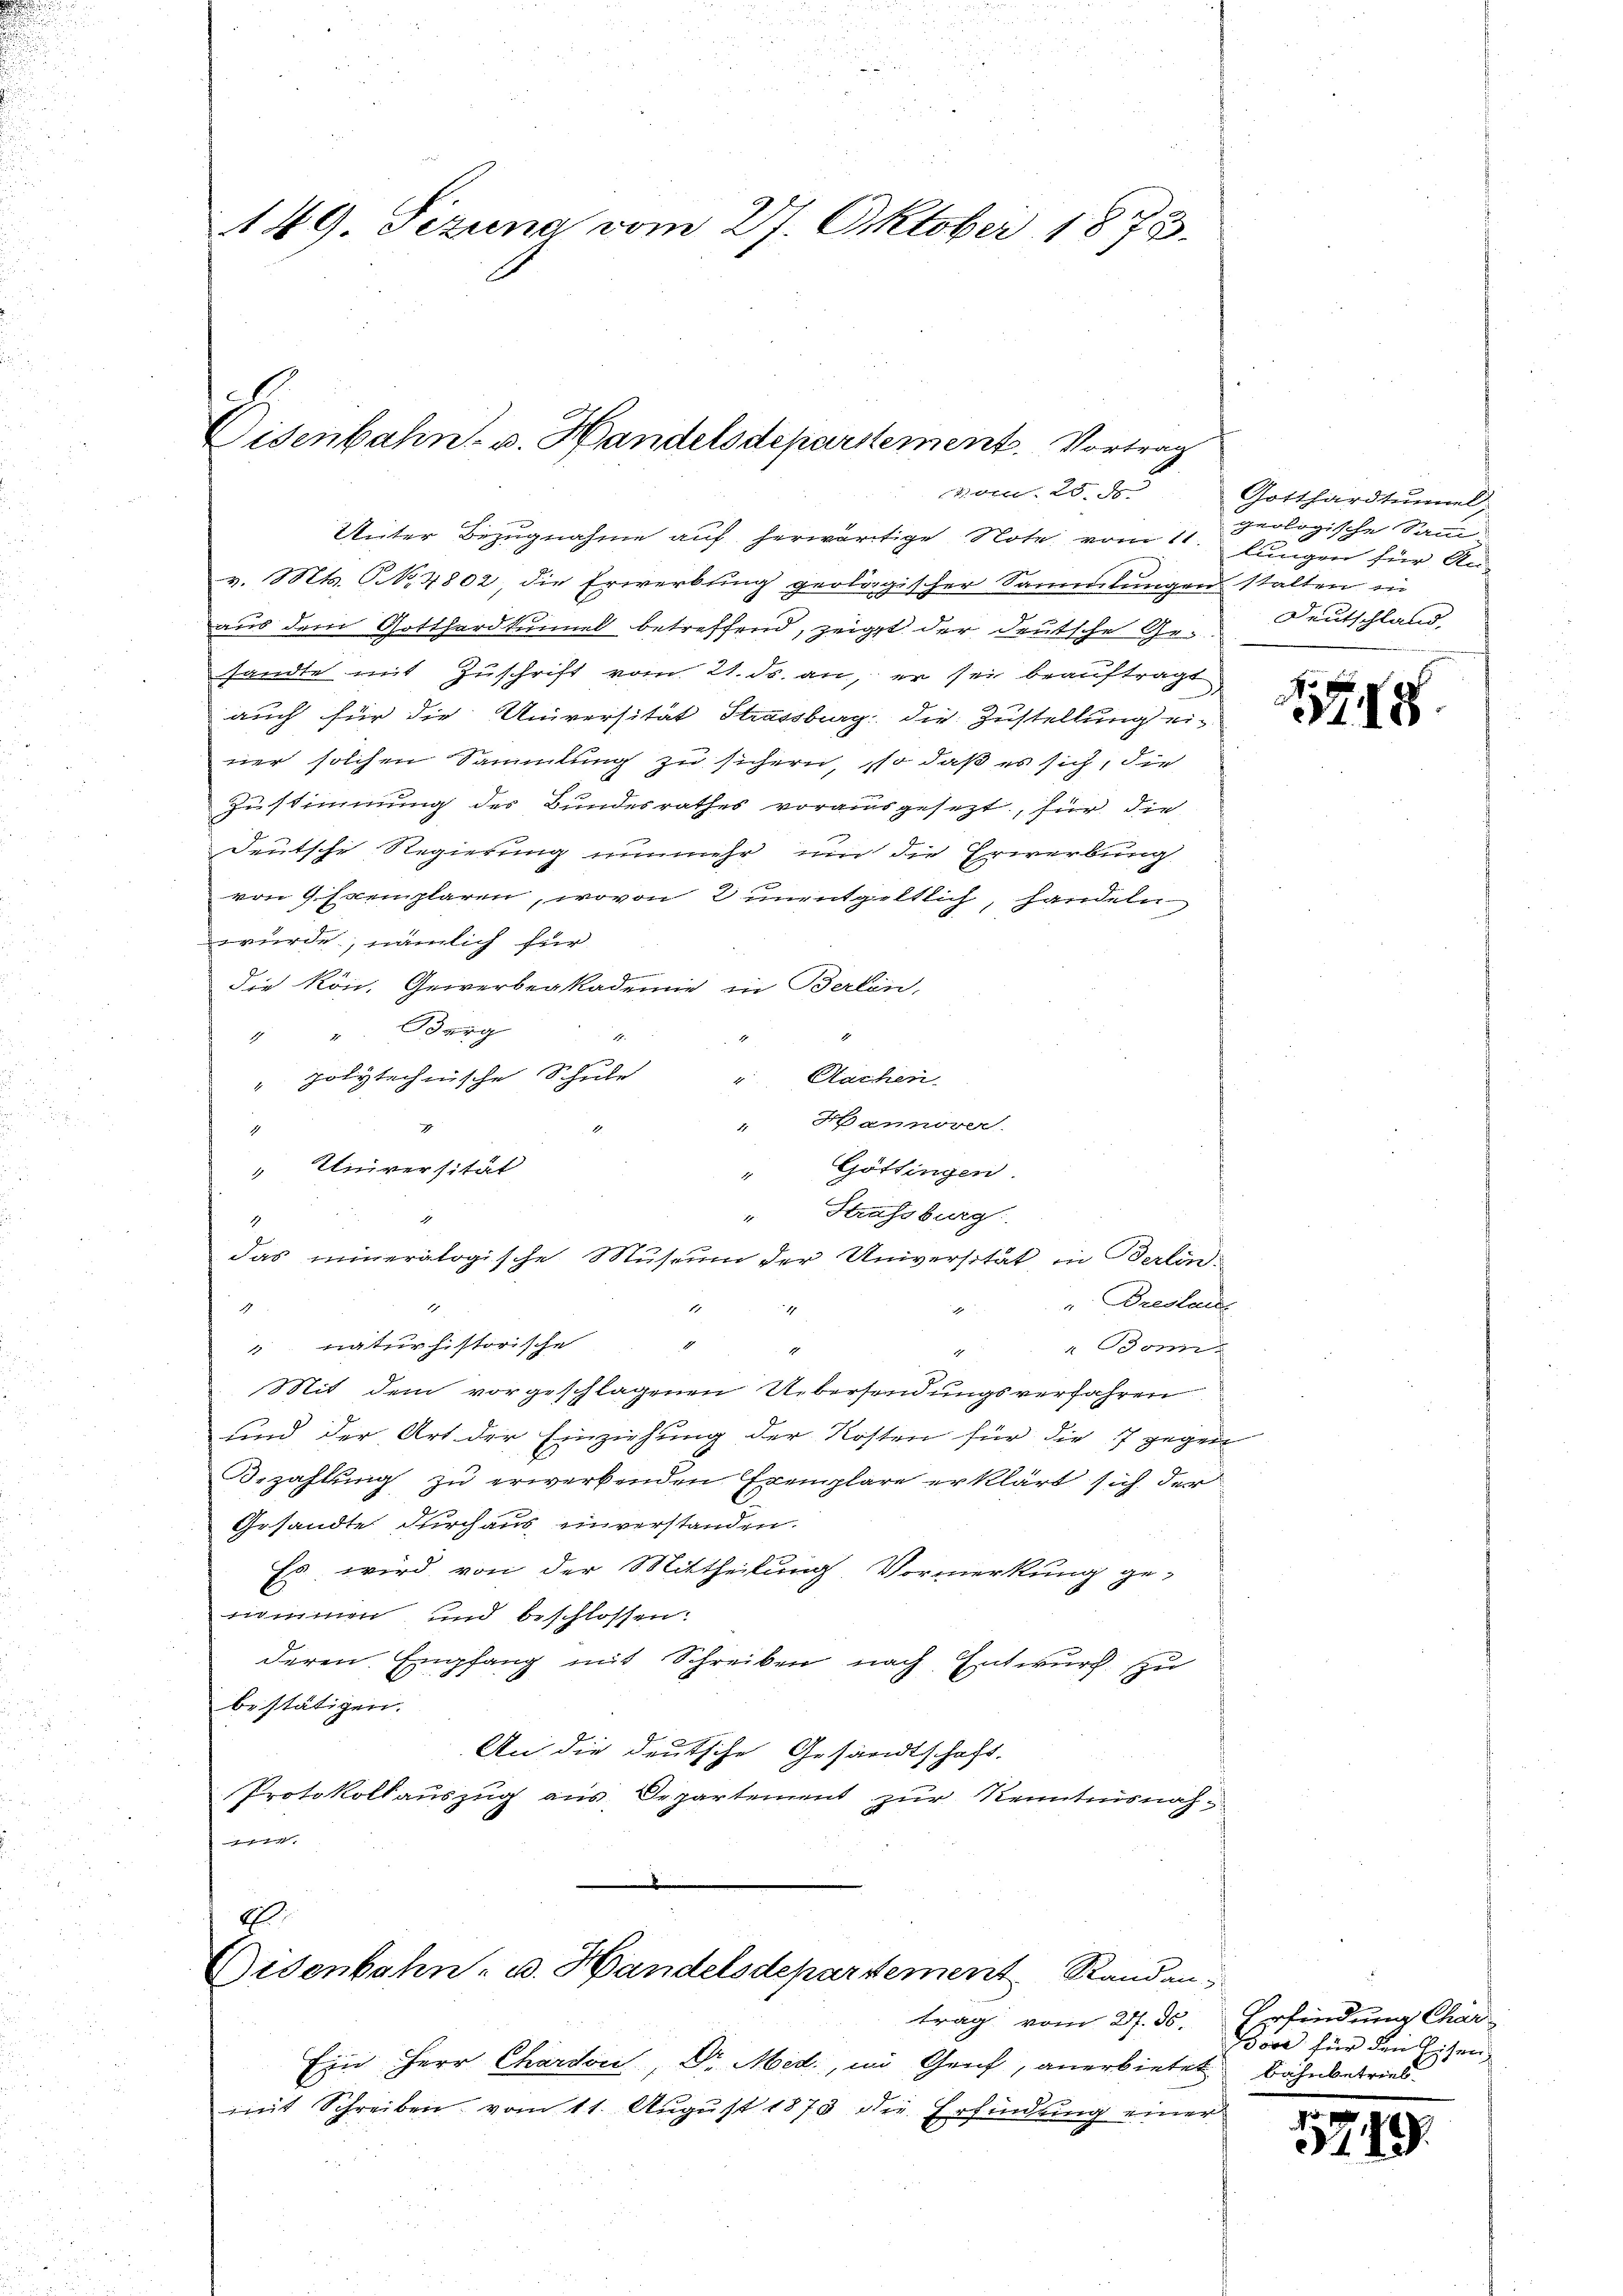
149. Pezuna vom 27. Oktober 1873.

Eisenbahn v. Handelsdepartement. Vortrag
um 25. J

Unter Bezugnahme auf herwärtige Note vom 11. Geologische Sammv. Mts. No. 4802, die Erwerbung geologischer Sammlungen stalten in
aus dem Gotthardtunnel betreffend, zeigt der deutsche Gesandte mit Zuschrift vom 21. ds. an, er sei beauftragt,
auch für die Universität Strassburg die Zustellung einer solchen Sammlung zu sichern, so daß es sich, die
Zustimmung des Bundesrathes vorausgesezt, für die
Deutsche Regierung nunmehr und die Erwerbung
von 9 Exemplaren, wovon 2 unentgeltlich, handeln
würde, nämlich für

die kön. Gewerbeakademie in Berlin,
4 " Berg
1
r
" polytechnische Schule
 Aachen
Hannover
1
1
Universität
" Göttingen.
d
" Strassburg.
1
das inneralogische Museum der Universität in Berlin¬
Breslande
1
4
4
2
" naturhistorische
" Bonn.
E
A
Mit dem vorgeschlagenen Übersendungsverfahren
und der Art der Einziehung der Kosten für die 17 gegen
Bezahlung zu erwerkenden Exemplare erklärt sich der
Gesandte durchaus unverstanden.
Es wird von der Mittheilung Vormerkung genommen und beschlossen:
deren Empfang mit Schreiben nach Entwurf zu
bestätigen.
An die deutsche Gesandtschaft,
Protokollauszug aus Departement zur Kenntnisnahff ge

A
Gisenbahn- u. Handelsdepartement Randan

Ein Herr Chardon, Dr. Met., in Genf, anerbietet Bahnbetrieb
mit Schreiben vom 11. August 1873 die Erfindung einer

trag vom 21. 36.

Gotthardtunnel,
lungen für An-
Deutschland,

18

Erfindung Char
Bore für den Eisen,

1799